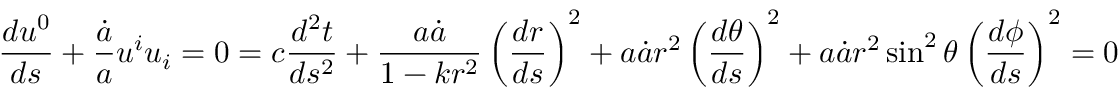
\frac { d u ^ { 0 } } { d s } + \frac { \dot { a } } { a } u ^ { i } u _ { i } = 0 = c \frac { d ^ { 2 } t } { d s ^ { 2 } } + \frac { a \dot { a } } { 1 - k r ^ { 2 } } \left( \frac { d r } { d s } \right) ^ { 2 } + a \dot { a } r ^ { 2 } \left( \frac { d \theta } { d s } \right) ^ { 2 } + a \dot { a } r ^ { 2 } \sin ^ { 2 } \theta \left( \frac { d \phi } { d s } \right) ^ { 2 } = 0